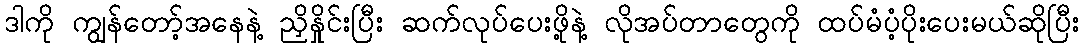
ဒါကို ကျွန်တော့်အနေနဲ့ ညှိနှိုင်းပြီး ဆက်လုပ်ပေးဖို့နဲ့ လိုအပ်တာတွေကို ထပ်မံပံ့ပိုးပေးမယ်ဆိုပြီး